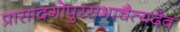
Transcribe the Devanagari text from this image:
प्रासादगोपुरसभाचैत्यदेव